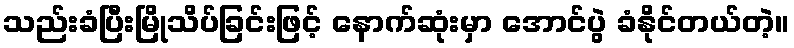
သည်းခံပြီးမြိုသိပ်ခြင်းဖြင့် နောက်ဆုံးမှာ အောင်ပွဲ ခံနိုင်တယ်တဲ့။